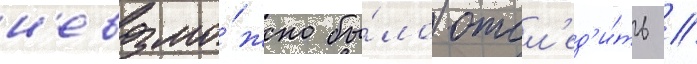
н'евозмо́жно бы́ло отсл'ед'и́ть /